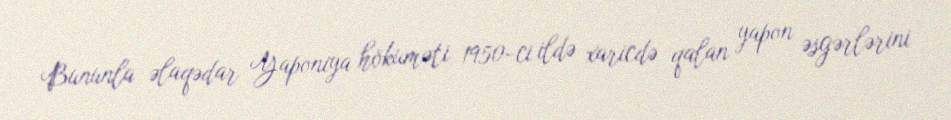
Bununla əlaqədar Yaponiya hökuməti 1950-ci ildə xaricdə qalan yapon əsgərlərini